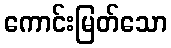
ကောင်းမြတ်သော